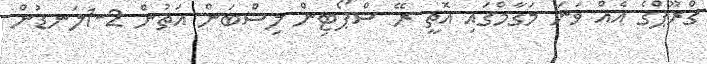
ގްރޫޕްގެ އެއް ވަނަ މަގާމްގައި އޮތީ ރޭ ސްޕޯޓިން ލިސްބަން އަތުން 2-1ލަނޑުން